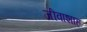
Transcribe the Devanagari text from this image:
जीवाशाह